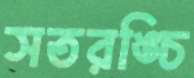
সতরঙ্চি